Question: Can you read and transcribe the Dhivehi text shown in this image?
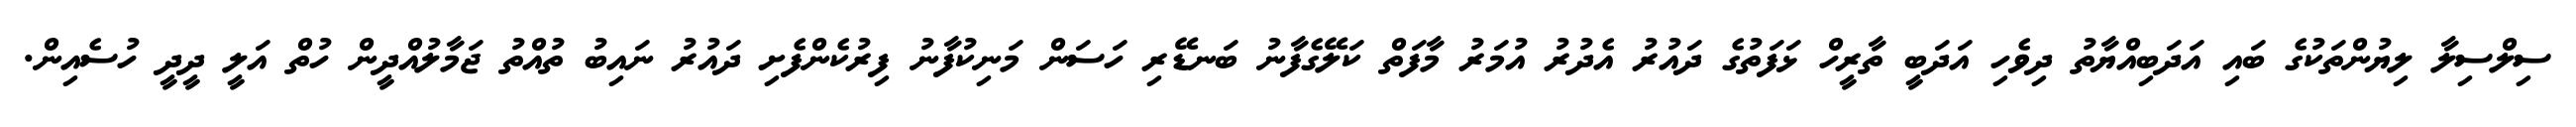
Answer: ސިލްސިލާ ލިޔުންތަކުގެ ބައި އަދަބިއްޔާތު ދިވެހި އަދަބީ ތާރީހް ޅަފަތުގެ ދައުރު އެދުރު އުމަރު މާފަތް ކަލޭގެފާނު ބަނޑޭރި ހަސަން މަނިކުފާނު ފިރުކެންފެށި ދައުރު ނައިބު ތުއްތު ޖަމާލުއްދީން ހުތް އަލީ ދީދީ ހުސެއިން.